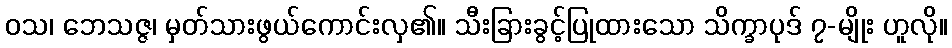
ဝသ၊ ဘေသဇ္ဇ၊ မှတ်သားဖွယ်ကောင်းလှ၏။ သီးခြားခွင့်ပြုထားသော သိက္ခာပုဒ် ၇-မျိုး ဟူလို။